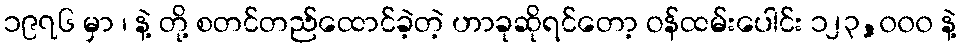
၁၉၇၆ မှာ ၊ နဲ့ တို့ စတင်တည်ထောင်ခဲ့တဲ့ ဟာခုဆိုရင်တော့ ဝန်ထမ်းပေါင်း ၁၂၃,၀၀၀ နဲ့